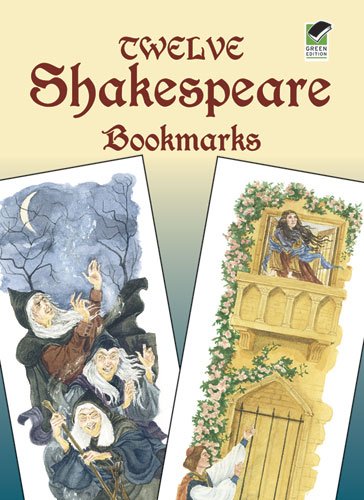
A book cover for Twelve Shakespeare Bookmarks (Dover Bookmarks); Steven James Petruccio; Literature & Fiction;